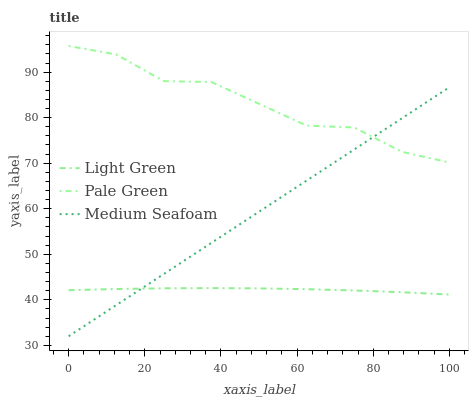
| xaxis_label | Light Green | Pale Green | Medium Seafoam |
 | --- | --- | --- | --- |
 | 0 | 42.1 | 95.7 | 32 |
 | 12.5 | 42.4 | 93.9 | 38.8 |
 | 25 | 42.5 | 88 | 45.7 |
 | 37.5 | 42.6 | 87.8 | 52.5 |
 | 50 | 42.5 | 83 | 59.3 |
 | 62.5 | 42.3 | 78.3 | 66.2 |
 | 75 | 42.1 | 77.8 | 73 |
 | 87.5 | 41.7 | 72.5 | 79.9 |
 | 100 | 41.2 | 70.1 | 86.7 |